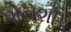
પોનશોપ